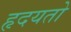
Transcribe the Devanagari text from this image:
हृदयतो